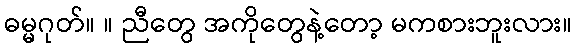
ဓမ္မဂုတ်။ ။ ညီတွေ အကိုတွေနဲ့တော့ မကစားဘူးလား။